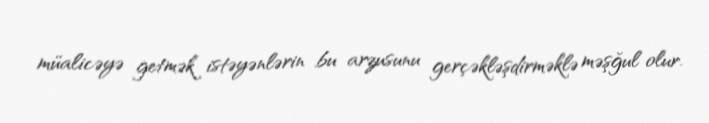
müalicəyə getmək istəyənlərin bu arzusunu gerçəkləşdirməklə məşğul olur.